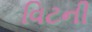
વિટની